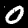
Digit: 0